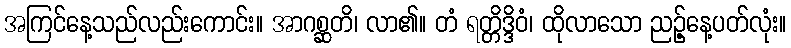
အကြင်နေ့သည်လည်းကောင်း။ အာဂစ္ဆတိ၊ လာ၏။ တံ ရတ္တိဒ္ဒိဝံ၊ ထိုလာသော ညဉ့်နေ့ပတ်လုံး။